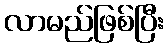
လာမည်ဖြစ်ပြီး